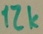
Text: 12k